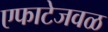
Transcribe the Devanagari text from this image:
एफाटेजवळ